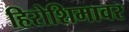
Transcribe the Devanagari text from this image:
हिरोशिमावर